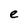
Character: e